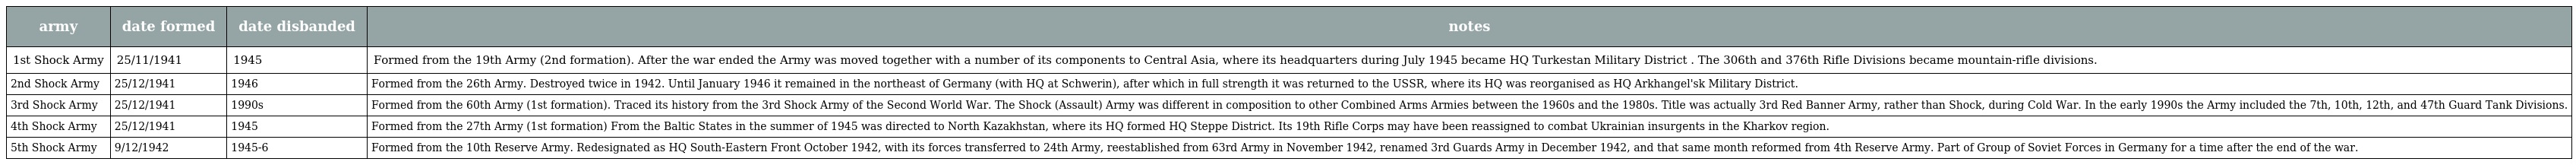
| army | date formed | date disbanded | notes |
 | --- | --- | --- | --- |
 | 1st Shock Army | 25/11/1941 | 1945 | Formed from the 19th Army (2nd formation). After the war ended the Army was moved together with a number of its components to Central Asia, where its headquarters during July 1945 became HQ Turkestan Military District . The 306th and 376th Rifle Divisions became mountain-rifle divisions. |
 | 2nd Shock Army | 25/12/1941 | 1946 | Formed from the 26th Army. Destroyed twice in 1942. Until January 1946 it remained in the northeast of Germany (with HQ at Schwerin), after which in full strength it was returned to the USSR, where its HQ was reorganised as HQ Arkhangel'sk Military District. |
 | 3rd Shock Army | 25/12/1941 | 1990s | Formed from the 60th Army (1st formation). Traced its history from the 3rd Shock Army of the Second World War. The Shock (Assault) Army was different in composition to other Combined Arms Armies between the 1960s and the 1980s. Title was actually 3rd Red Banner Army, rather than Shock, during Cold War. In the early 1990s the Army included the 7th, 10th, 12th, and 47th Guard Tank Divisions. |
 | 4th Shock Army | 25/12/1941 | 1945 | Formed from the 27th Army (1st formation) From the Baltic States in the summer of 1945 was directed to North Kazakhstan, where its HQ formed HQ Steppe District. Its 19th Rifle Corps may have been reassigned to combat Ukrainian insurgents in the Kharkov region. |
 | 5th Shock Army | 9/12/1942 | 1945-6 | Formed from the 10th Reserve Army. Redesignated as HQ South-Eastern Front October 1942, with its forces transferred to 24th Army, reestablished from 63rd Army in November 1942, renamed 3rd Guards Army in December 1942, and that same month reformed from 4th Reserve Army. Part of Group of Soviet Forces in Germany for a time after the end of the war. |